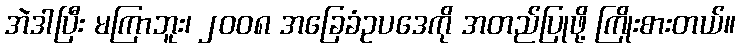
အဲဒါပြီး မကြာဘူး၊ ၂၀၀၈ အခြေခံဥပဒေကို အတည်ပြုဖို့ ကြိုးစားတယ်။